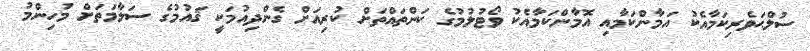
ސުލްޙަވެރިކަމާއެކު އަމާންކަމާއި އޮމާންކަމާއެކު ވޯޓުލުމުގެ ކަންތައްތަށް ކުރިއަށް ގެންދިއުމަކީ ޤައުމުގެ ސަލާމަތަށް މުހިންމު